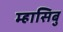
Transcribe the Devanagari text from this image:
म्हासिबु